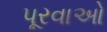
પૂરવાઓ